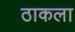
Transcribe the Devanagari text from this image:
ठाकला